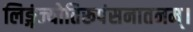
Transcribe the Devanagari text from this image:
लिङ्गंज्योतिरूपंसनातनम्।